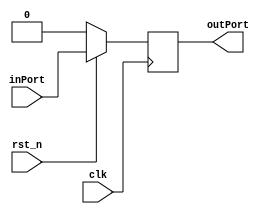
module syncReset(clk, inPort, outPort, rst_n);

input clk, inPort, rst_n;
output reg outPort;

always @(posedge clk)
begin
	if (~rst_n)
		outPort <= 1'b0;
	else
		outPort <= inPort;
end

endmodule